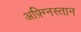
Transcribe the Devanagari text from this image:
अफ़्ग्निस्तान